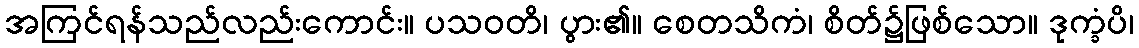
အကြင်ရန်သည်လည်းကောင်း။ ပသဝတိ၊ ပွား၏။ စေတသိကံ၊ စိတ်၌ဖြစ်သော။ ဒုက္ခံပိ၊